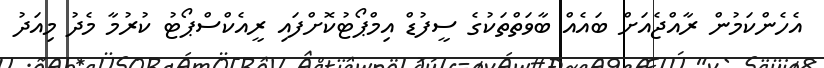
އެހެންކަމުން ރާއްޖެއަށް ބައެއް ބާވަތްތަކުގެ ސީފުޑް އިމްޕޯޓުކޮށްފައި ރީއެކްސްޕޯޓު ކުރުމާ މެދު މިއަދު